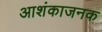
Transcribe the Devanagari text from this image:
आशंकाजनक